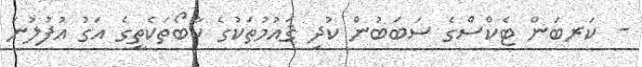
-  ކަރބަން ޓެކްސްގެ ސަބަބުން ކުދި ޤައުމުތަކުގެ ކާބޯތަކެތީގެ އަގު އުފުލުނަ